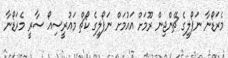
މެރަޑޯނާ ނަޕޯލީގެ ޗޭންޖިން ރޫމަށް އައުމަށް ނަޕޯލީގެ ކޯޗް މައުރީސިއޯ ސާރީ މެރަޑޯނާ